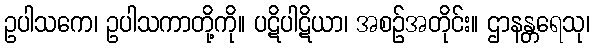
ဥပါသကေ၊ ဥပါသကာတို့ကို။ ပဋိပါဋိယာ၊ အစဉ်အတိုင်း။ ဌာနန္တရေသု၊